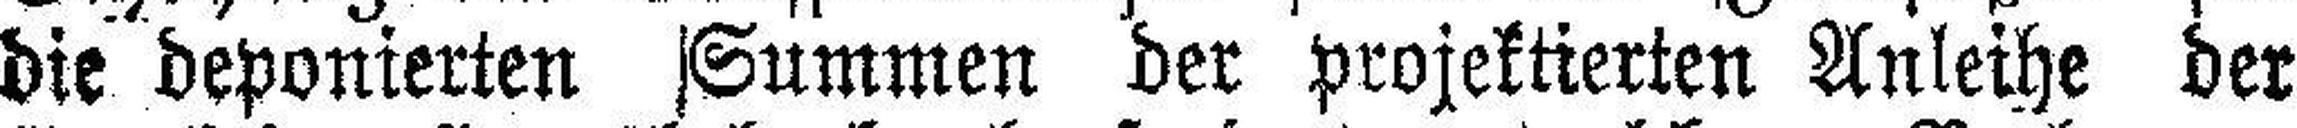
die deponierten Summen der projektierten Anleihe der